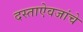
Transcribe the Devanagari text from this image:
दस्ताऐवजांचे